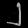
Digit: ၂